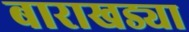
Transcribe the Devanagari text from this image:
बाराखड्या